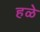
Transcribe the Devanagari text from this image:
हळे